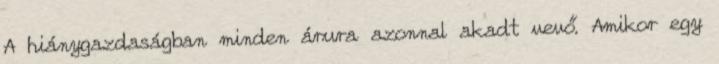
A hiánygazdaságban minden árura azonnal akadt vevő. Amikor egy